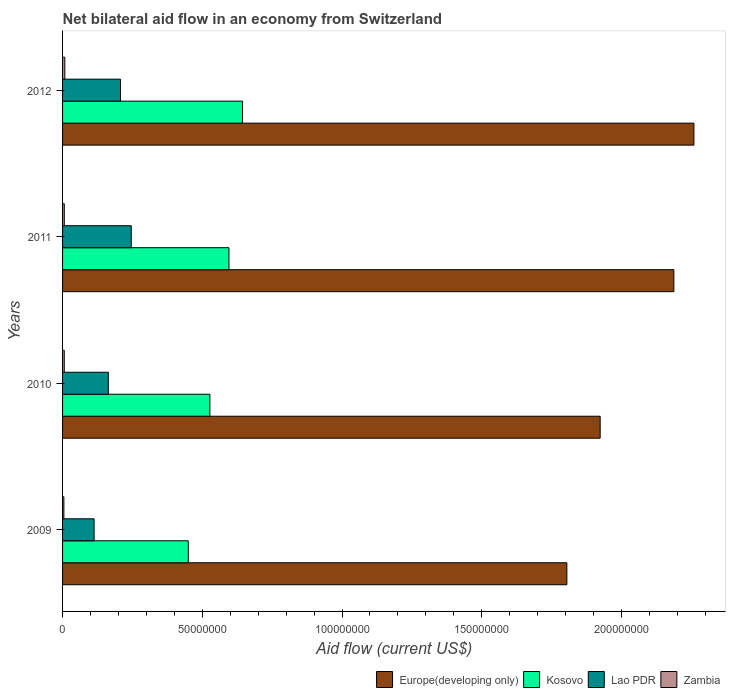
| Years | Europe(developing only) | Kosovo | Lao PDR | Zambia |
 | --- | --- | --- | --- | --- |
 | 2009 | 1.8e+08 | 4.5e+07 | 1.13e+07 | 4.7e+05 |
 | 2010 | 1.92e+08 | 5.27e+07 | 1.64e+07 | 6.1e+05 |
 | 2011 | 2.19e+08 | 5.95e+07 | 2.46e+07 | 6.2e+05 |
 | 2012 | 2.26e+08 | 6.44e+07 | 2.07e+07 | 8.1e+05 |